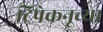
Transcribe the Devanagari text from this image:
टिपेकनूच्या